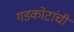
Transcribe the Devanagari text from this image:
गडकोटांची